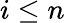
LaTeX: i\le n